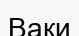
Ваки